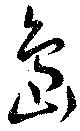
島